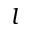
l